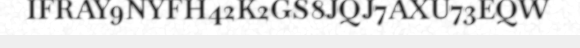
IFRAY9NYFH42K2GS8JQJ7AXU73EQW